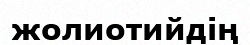
жолиотийдің